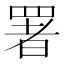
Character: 署